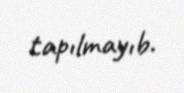
tapılmayıb.